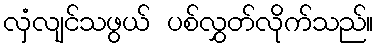
လှံလျင်သဖွယ် ပစ်လွှတ်လိုက်သည်။